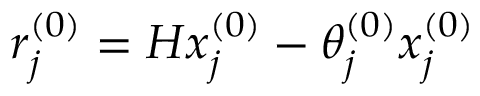
r _ { j } ^ { ( 0 ) } = H x _ { j } ^ { ( 0 ) } - \theta _ { j } ^ { ( 0 ) } x _ { j } ^ { ( 0 ) }